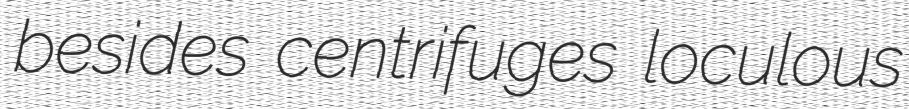
besides centrifuges loculous